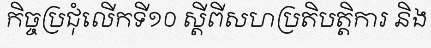
កិច្ចប្រជុំលើកទី១០ ស្តីពីសហប្រតិបត្តិការ និង